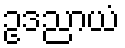
ဥဒညာယံ